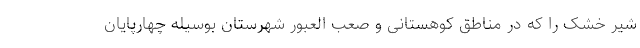
شیر خشک را که در مناطق کوهستانی و صعب العبور شهرستان بوسیله چهارپایان